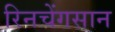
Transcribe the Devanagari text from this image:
रिनचेंगसान